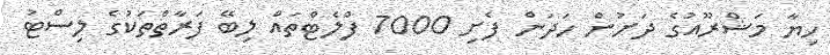
ހިޔާ މަޝްރޫއުގެ ދަށުން ހަދަން ފެށި 7000 ފްލެޓްތައް ލިބޭ ފަރާތްތަކުގެ ލިސްޓު